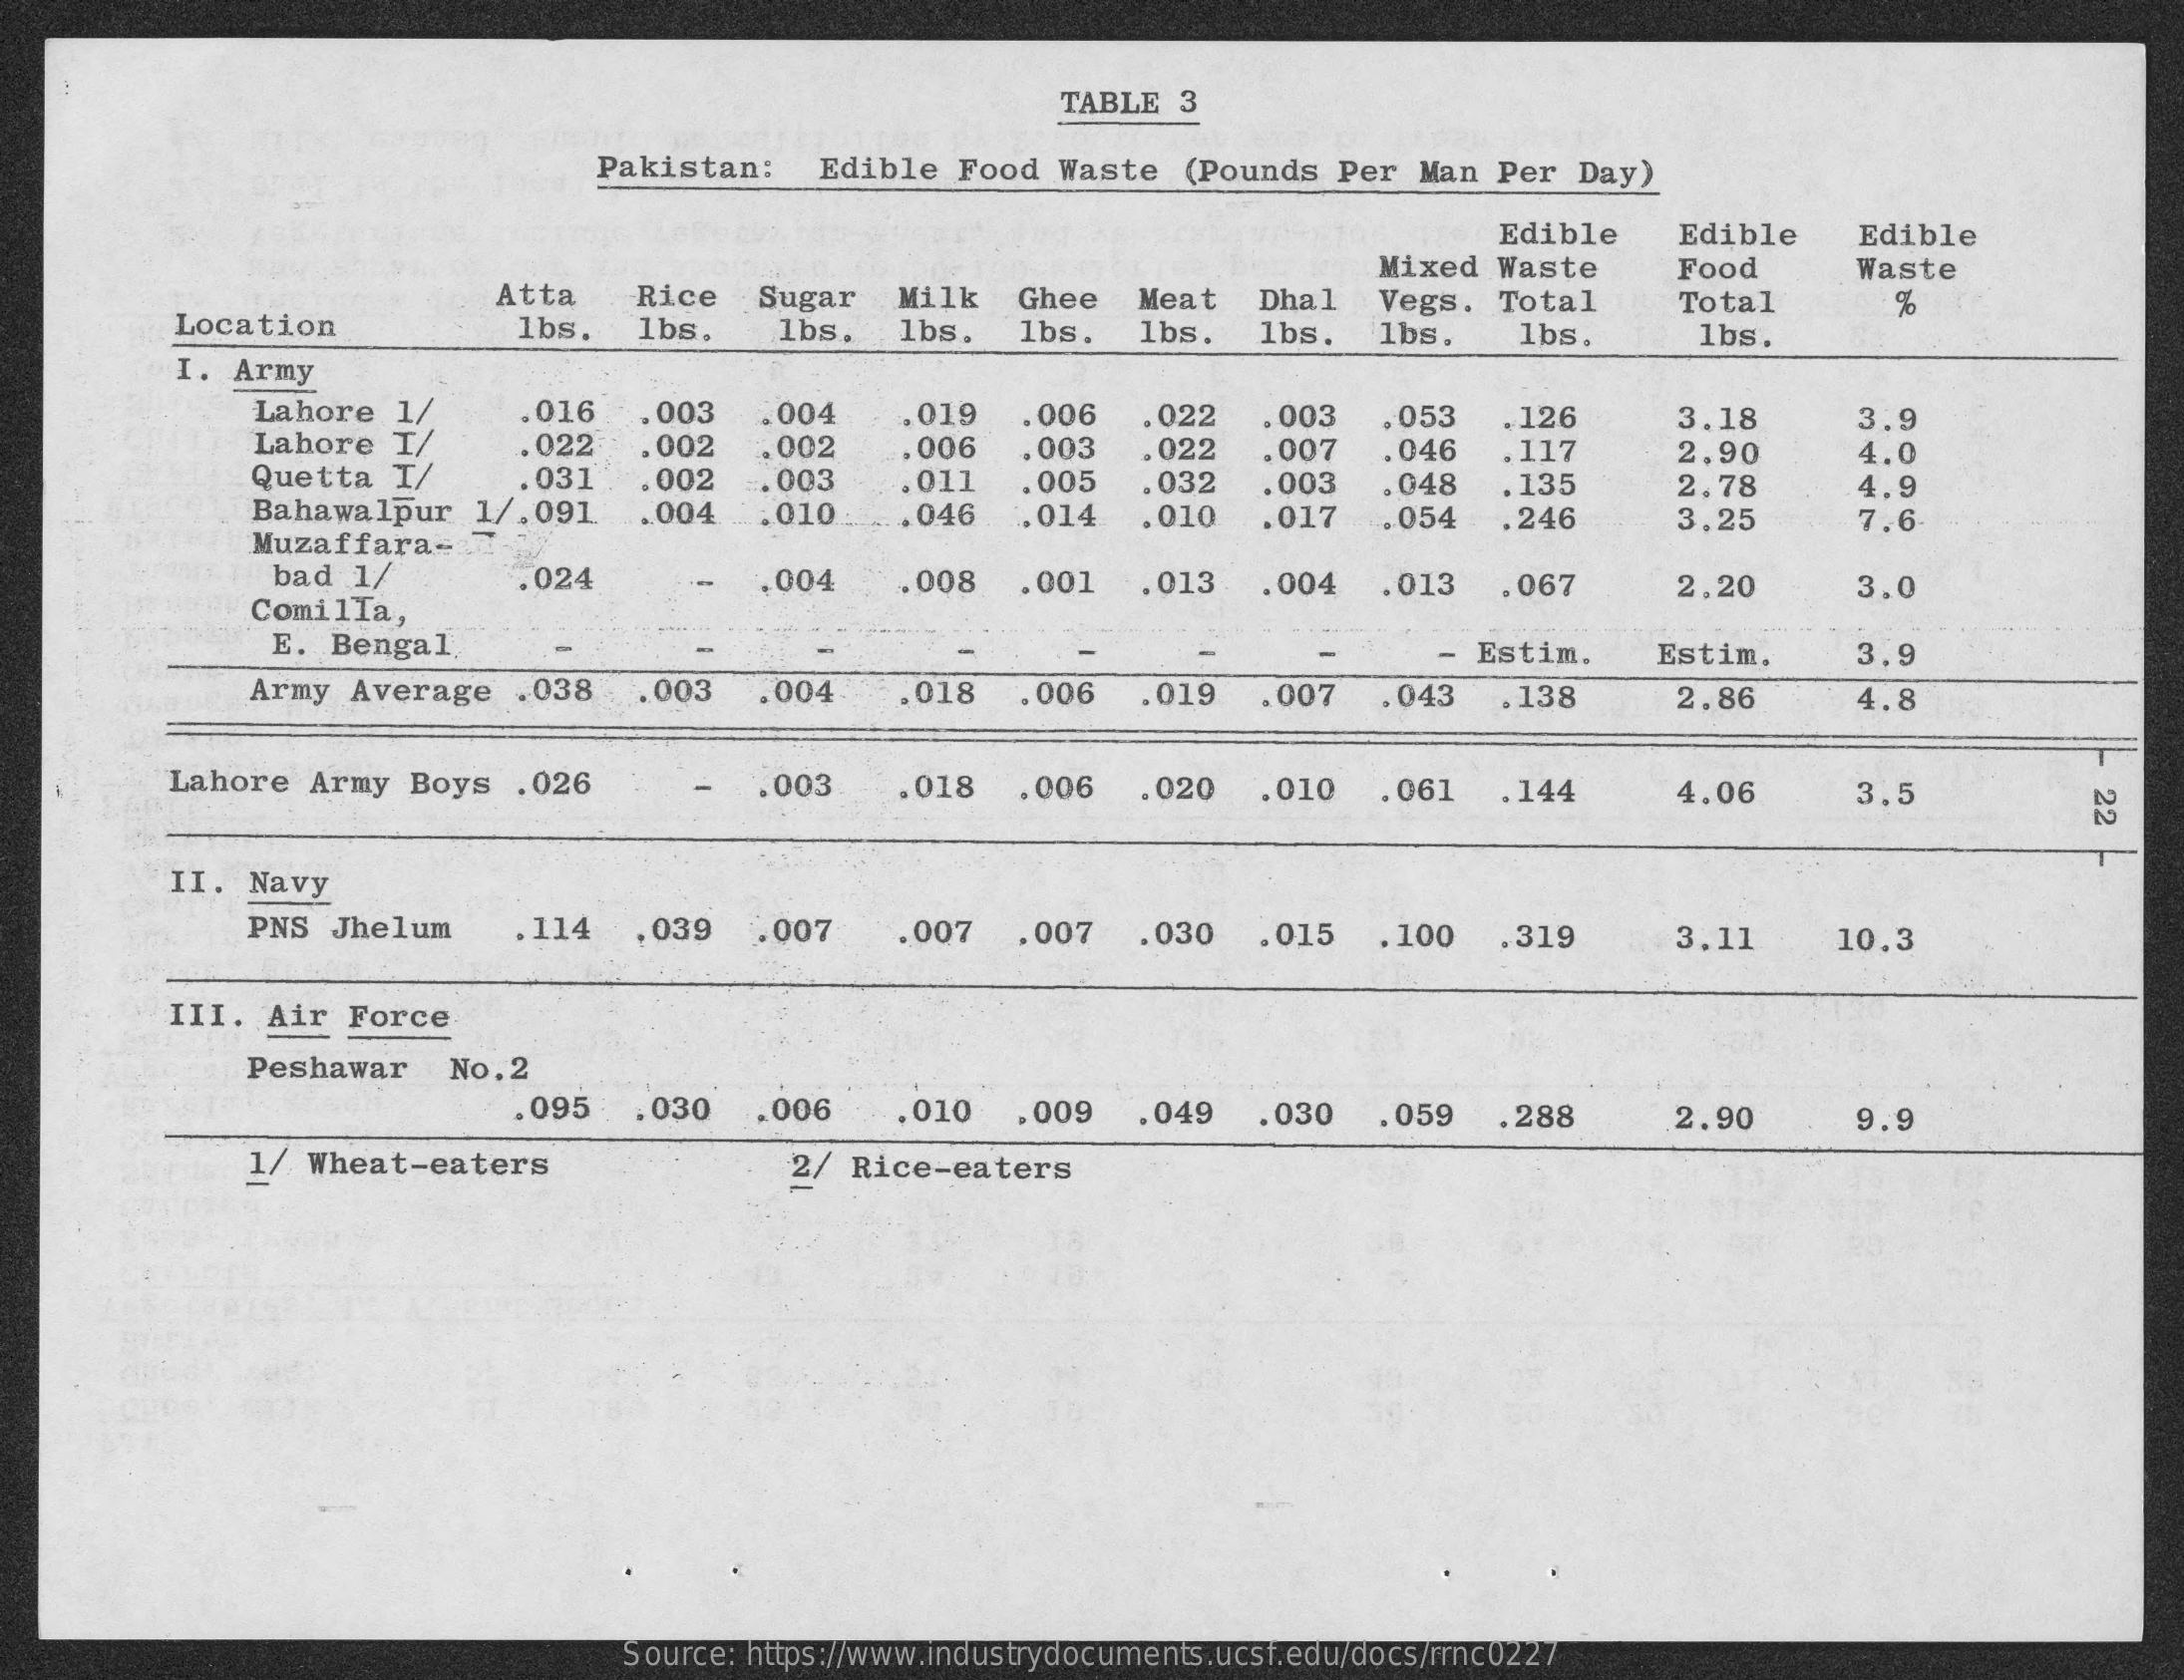
TABLE   3
     Pakistan:    Edible  Food   Waste   (Pounds  Per  Man  Per   Day)
     Edible    Edible    Edible
     Mixed  Waste
     Atta    Rice    Sugar    Milk   Ghee    Meat    Dha 1
     Food    Waste
     Location    1bs.
     Vegs.   Total    Total
     lbs.    1bs.    1bs.    1bs.   1bs.    1bs.   1bs.    lbs.    1bs.
     I.  Army
     Lahore
     Lahore   I/
     .016    . 003  .004    .006   .022    .126    3.18
     Quetta   I/
     .022
     . 053
     .031
     .002    .002
     .019    3.9
     .006    .003
     , 003
     .022    ,007    .046   .117
     .002   .003
     2,90
     .011
     4.0
     Bahawalpur    1/.091
     .005
     .004
     .032    .003    048
     Muzaffara-
     .010
     135    2.78    4.9
     .046   .014   .010    .017   .054    .246    3.25    7.6
     bad 1/
     ComilIa,
     .024    .004    .008   .001    .013    .004   .013    .067    2.20    3.0
     E. Bengal    Estim.    Estim.    3.9
     Army  Average    .038  .. 003   .004    .018    .006   .019    .007    . 043  . 138    2.86    4.8
     Lahore   Army  Boys   .026    -   .003    .018   .006    .020    .010   .061    . 144    4.06    3.5    22
     II.  Navy
     PNS  Jhel um    .114   .039    .007    .007   .007    .030   .015    .100    .319    3.11    10.3
     III.  Air  Force
     Peshawar    No. 2
     .095    .030    .006    .010   ,009    .049    .030    . 059  . 288    2.90    9.9
     1/ Wheat-eaters    2/ Rice-eaters
     Source: https://www.industrydocuments.ucsf.edu/docs/rrnc0227